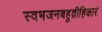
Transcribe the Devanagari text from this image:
स्वभजनबहुव्रीहिकारं